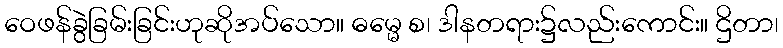
ဝေဖန်ခွဲခြမ်းခြင်းဟုဆိုအပ်သော။ ဓမ္မေ စ၊ ဒါနတရား၌လည်းကောင်း။ ဌိတာ၊